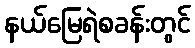
နယ်မြေရဲစခန်းတွင်